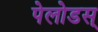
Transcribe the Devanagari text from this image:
पेलोडस्